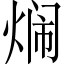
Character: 𬊢